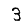
Digit: 3